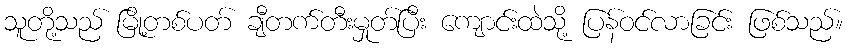
သူတို့သည် မြို့တစ်ပတ် ချီတက်တီးမှုတ်ပြီး ကျောင်းထဲသို့ ပြန်ဝင်လာခြင်း ဖြစ်သည်။